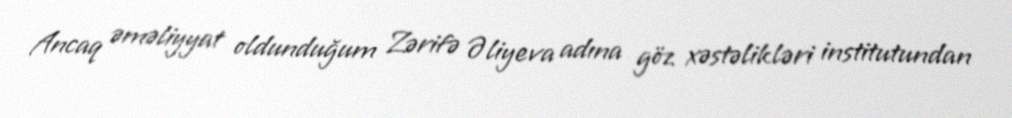
Ancaq əməliyyat oldunduğum Zərifə Əliyeva adına göz xəstəlikləri institutundan